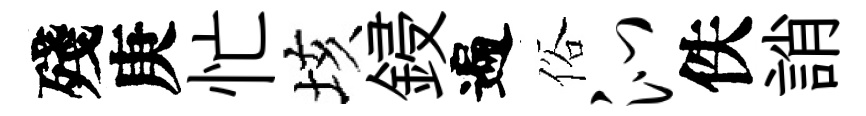
殘庚忙垓鋟遍俗沁佚誚